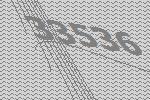
33536